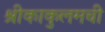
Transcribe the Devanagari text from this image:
श्रीकाकुलमची